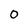
Character: O